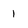
Character: 1